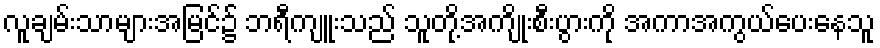
လူချမ်းသာများအမြင်၌ ဘရီကျူးသည် သူတို့အကျိုးစီးပွားကို အကာအကွယ်ပေးနေသူ